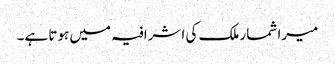
میرا شمار ملک کی اشرافیہ میں ہوتا ہے۔